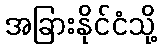
အခြားနိုင်ငံသို့